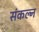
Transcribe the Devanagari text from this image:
संकल्न